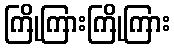
ကြိုကြားကြိုကြား